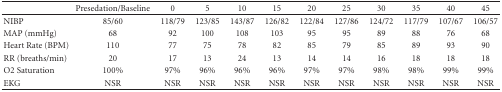
<table><thead><tr><td></td><td><b>Presedation/Baseline</b></td><td><b>0</b></td><td><b>5</b></td><td><b>10</b></td><td><b>15</b></td><td><b>20</b></td><td><b>25</b></td><td><b>30</b></td><td><b>35</b></td><td><b>40</b></td><td><b>45</b></td></tr></thead><tbody><tr><td>NIBP</td><td>85/60</td><td>118/79</td><td>123/85</td><td>143/87</td><td>126/82</td><td>122/84</td><td>127/86</td><td>124/72</td><td>117/79</td><td>107/67</td><td>106/57</td></tr><tr><td>MAP (mmHg)</td><td>68</td><td>92</td><td>100</td><td>108</td><td>103</td><td>95</td><td>95</td><td>89</td><td>88</td><td>76</td><td>68</td></tr><tr><td>Heart Rate (BPM)</td><td>110</td><td>77</td><td>75</td><td>78</td><td>82</td><td>85</td><td>79</td><td>85</td><td>89</td><td>93</td><td>90</td></tr><tr><td>RR (breaths/min)</td><td>20</td><td>17</td><td>13</td><td>24</td><td>13</td><td>14</td><td>14</td><td>16</td><td>18</td><td>18</td><td>18</td></tr><tr><td>O2 Saturation</td><td>100%</td><td>97%</td><td>96%</td><td>96%</td><td>96%</td><td>97%</td><td>97%</td><td>98%</td><td>98%</td><td>99%</td><td>99%</td></tr><tr><td>EKG</td><td>NSR</td><td>NSR</td><td>NSR</td><td>NSR</td><td>NSR</td><td>NSR</td><td>NSR</td><td>NSR</td><td>NSR</td><td>NSR</td><td>NSR</td></tr></tbody></table>